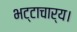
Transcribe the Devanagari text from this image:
भट्टाचार्य।